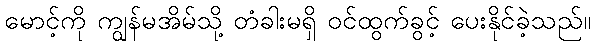
မောင့်ကို ကျွန်မအိမ်သို့ တံခါးမရှိ ဝင်ထွက်ခွင့် ပေးနိုင်ခဲ့သည်။